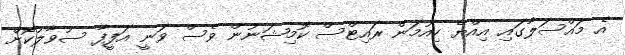
އެ މައްސަލާގައި އިއްޔެ ހިއުމަން ރައިޓްސް ކޮމިޝަނުން ވެސް ވަނީ އަފީފާ ސުވާލުކޮށް